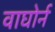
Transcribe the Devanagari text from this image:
वाघोर्न